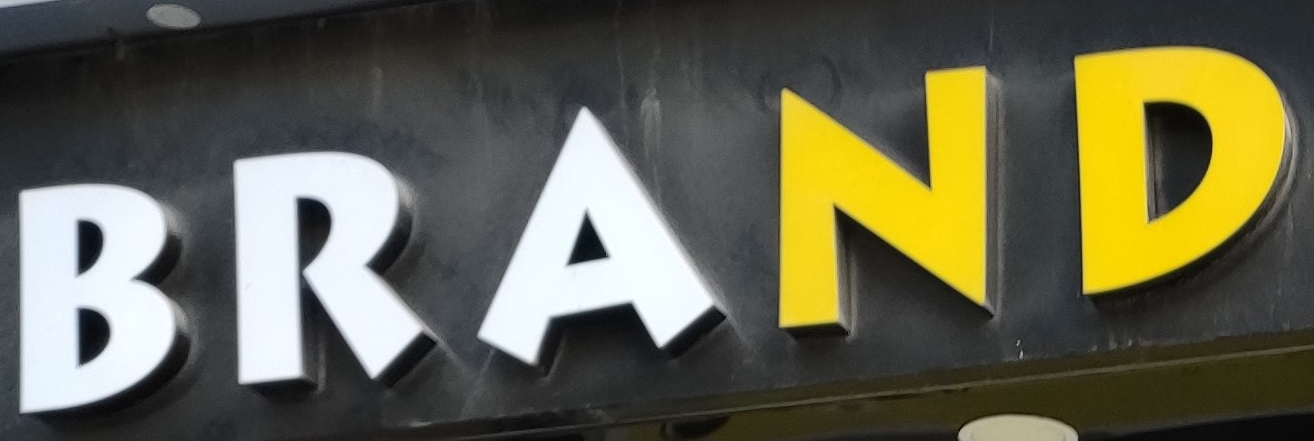
BRAND